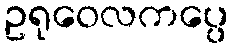
ဥရုဝေလကပ္ပေ